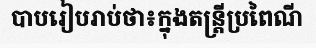
បាបរៀបរាប់ថា៖ក្នុងតន្ត្រីប្រពៃណី